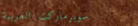
سوبرماركت العربية